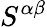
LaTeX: S^{\alpha\beta}